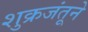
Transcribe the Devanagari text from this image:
शुक्रजंतूने